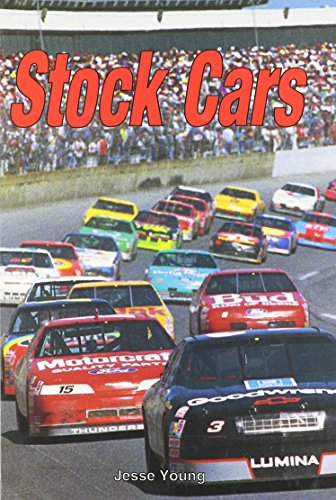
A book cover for Stock Cars (Cruisin' (Capstone)); Jesse Young; Children's Books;